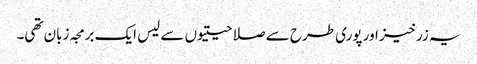
یہ زرخیز اور پوری طرح سے صلاحیتیوں سے لیس ایک برمجہ زبان تھی۔